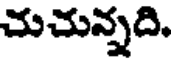
చుచున్నది.